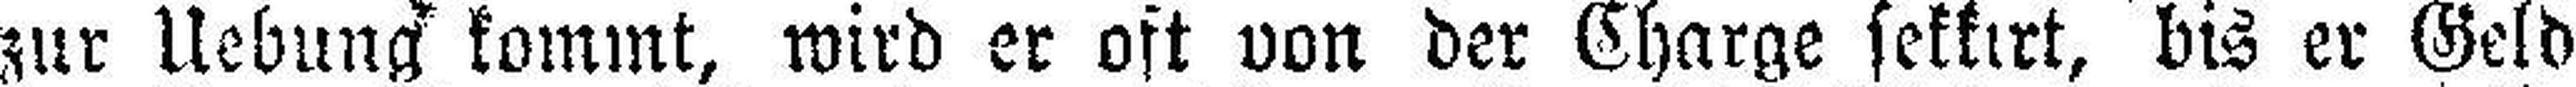
zur Uebung kommt, wird er oft von der Charge sekkirt, bis er Geld